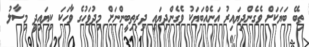
ތިބޭ ބަޔަކަށް ވެގެންދިޔައިރު އަނެއްބަޔަކު ވެގެންދިޔައީ ދިރިތިބީންނަށް މިދުވަހުގެ ވާހަކަ ކިޔައިދީ މިސާލު